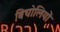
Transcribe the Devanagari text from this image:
बिचोलियों